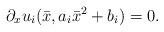
LaTeX: \begin{align*}\partial_x u_i(\bar x, a_i \bar x^2+b_i)=0. \end{align*}